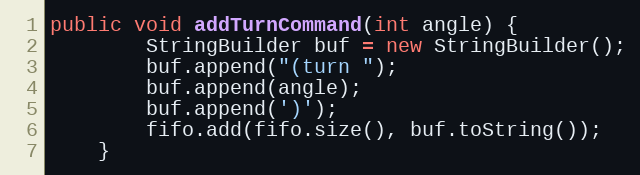
Language: Java
public void addTurnCommand(int angle) {
        StringBuilder buf = new StringBuilder();
        buf.append("(turn ");
        buf.append(angle);
        buf.append(')');
        fifo.add(fifo.size(), buf.toString());
    }